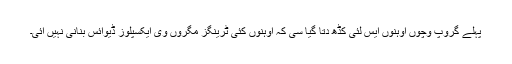
پہلے گروپ وچوں اوہنوں ایس لئی کڈھ دتا گیا سی کہ اوہنوں کئی ٹرینگز مگروں وی ایکسپلوز ڈیوائس بنانی نہیں آئی۔